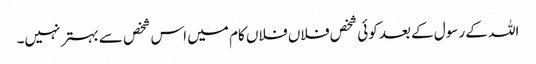
اللہ کے رسول کے بعد کوئی شخص فلاں فلاں کام میں اس شخص سے بہتر نہیں۔